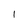
Character: I